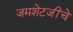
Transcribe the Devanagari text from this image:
जमशेटजींचे